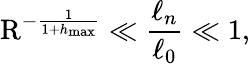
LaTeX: \mathrm{R}^{-\frac{1}{1+h_{\operatorname*{max}}}}\ll\frac{\ell_{n}}{\ell_{0}}\ll 1,